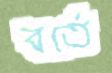
বর্তে